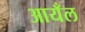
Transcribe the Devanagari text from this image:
आयँल